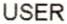
USER